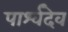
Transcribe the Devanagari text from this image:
पार्श्वदेव